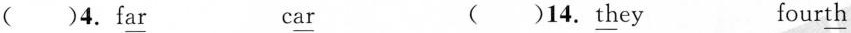
()4.f\underline{ar} c\underline{ar} ()14.\underline{th}ey four\underline{th}